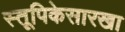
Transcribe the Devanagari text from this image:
स्तूपिकेसारखा